Plague in India, 1896, 1897 - Volume 1
Year: 1896
Disease focus: Plague
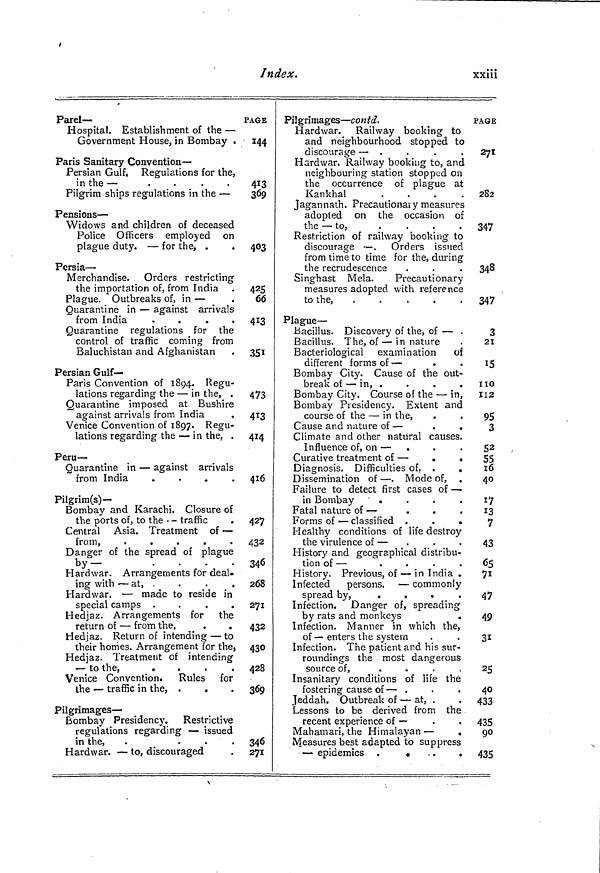
Index.
xxiii
Parel—
Hospital. Establishment of the —
Government House, in Bombay .
Paris Sanitary Convention —
Persian Gulf, Regulations for the.
in the — -
.
.
.
.
Pilgrim ships regulations in the —
Pensions —
Widows and children of deceased
Police Officers employed on
plague duty. — for the, .
Persia —
Merchandise. Orders restricting
the importation of, from India
Plague. Outbreaks of, in —
Quarantine in — against arrivals
from India
.
.
.
.
Quarantine regulations for the
control of traffic coming from
Baluchistan and Afghanistan
Persian Gulf-
Paris Convention of 1894. Regu-
lations regarding the — in the, .
Quarantine imposed at Bushire
against arrivals from India
Venice Convention of 1897. Regu-
lations regarding the — in the, .
Peru-
Quarantine in — against arrivals
from India
.
.
.
.
Pilgrim(s) —
Bombay and Karachi. Closure of
the ports of, to the -- traffic
.
Central Asia. Treatment of —
from,
.
.
.
.
.
Danger of the spread of plague
by-
.
Hardwar. Arrangements for deal-
ing with — at, .
Hardwar. — made to reside in
special camps .
.
.
.
Hedjaz. Arrangements for the
return of — from the,
Hedjaz. Return of intending — to
their homes. Arrangement for the,
Hedjaz. Treatment of intending
— to the,
.
.
.
.
Venice Convention. Rules for
the — traffic in the, .
Pilgrimages-
Bombay Presidency.
Restrictive
regulations regarding — issued
in the, .
.
.
.
Hardwar. — to, discouraged
PAGE
144
413
369
403
425
66
413
351
473
413
414
416
427
432
340
268
271
432
430
428
369
346
271
Pilgrimages — co n td.
Hardwar. Railway booking to
and neighbourhood stopped to
discourage — .
Hardwar. Railway booking to, and
neighbouring station stopped on
the occurrence of plague at
Kankhal
.
.
.
.
Jagannath. Precautionary measures
adopted on the occasion of
the — to,
Restriction of railway booking to
discourage — . Orders issued
from time to time for the, during
the recrudescence
Singhast Mela.
Precautionary
measures adopted with reference
to the,
Plague —
Bacillus. Discovery of the, of — .
Bacillus. The, of — in nature
Bacteriological examination of
different forms of —
Bombay City. Cause of the out-
break of — in, .
.
.
.
Bombay City. Course of the — in,
Bombay Presidency. Extent and
course of the — in the,
Cause and nature of —
.
.
Climate and other natural causes.
Influence of, on —
Curative treatment of —
.
.
Diagnosis. Difficulties of, .
.
Dissemination of — . Mode of, .
Failure to detect first cases of —
in Bombay ' .
Fatal nature of —
Forms of — classified .
.
.
Healthy conditions of life destroy
the virulence of —
History and geographical distribu-
tion of —
History. Previous, of — in India .
Infected
persons. — commonly
spread by, .
.
.
.
Infection. Danger of, spreading
by rats and monkeys
.
Infection. Manner in which the,
of — enters the system
Infection. The patient and his sur-
roundings the most dangerous
source of,
.
.
.
.
Insanitary conditions of life the
fostering cause of — .
Jeddah. Outbreak of — at, .
Lessons to be derived from the
recent experience of —
Mahamari, the Himalayan —
Measures best adapted to suppress
— epidemics .
•
.
PAGE
271
282
347
348
347
3
21
15
110
112
95
3
52
55
16
40
17
13
7
43
65
71
47
49
3i
25
40
433
435
90
435